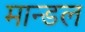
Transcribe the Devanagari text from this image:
मान्डल